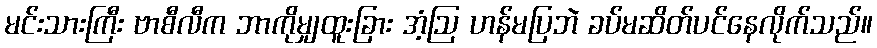
မင်းသားကြီး ဗာစီလီက ဘာကိုမျှထူးခြား အံ့ဩ ဟန်မပြဘဲ ခပ်မဆိတ်ပင်နေလိုက်သည်။